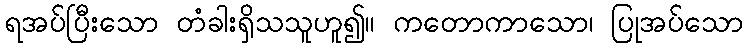
ရအပ်ပြီးသော တံခါးရှိသသူဟူ၍။ ကတောကာသော၊ ပြုအပ်သော